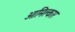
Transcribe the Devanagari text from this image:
आमिल्कार